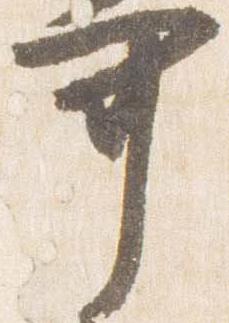
可